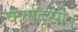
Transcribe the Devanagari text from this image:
कर्णदृसी।